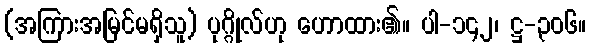
(အကြားအမြင်မရှိသူ) ပုဂ္ဂိုလ်ဟု ဟောထား၏။ ပါ-၁၄၂၊ ဋ္ဌ-၃၀၆။